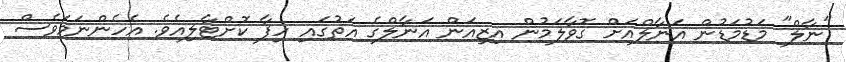
"ނާލް" މަޑުމަޑުން އަނާލްއަށް ގޮވާލަމުން އިޒިއަން އަނާލްގެ އަތުގައި ހިފާ ކޮށްޓާލިއެވެ. އެހެންނަމަވެސް